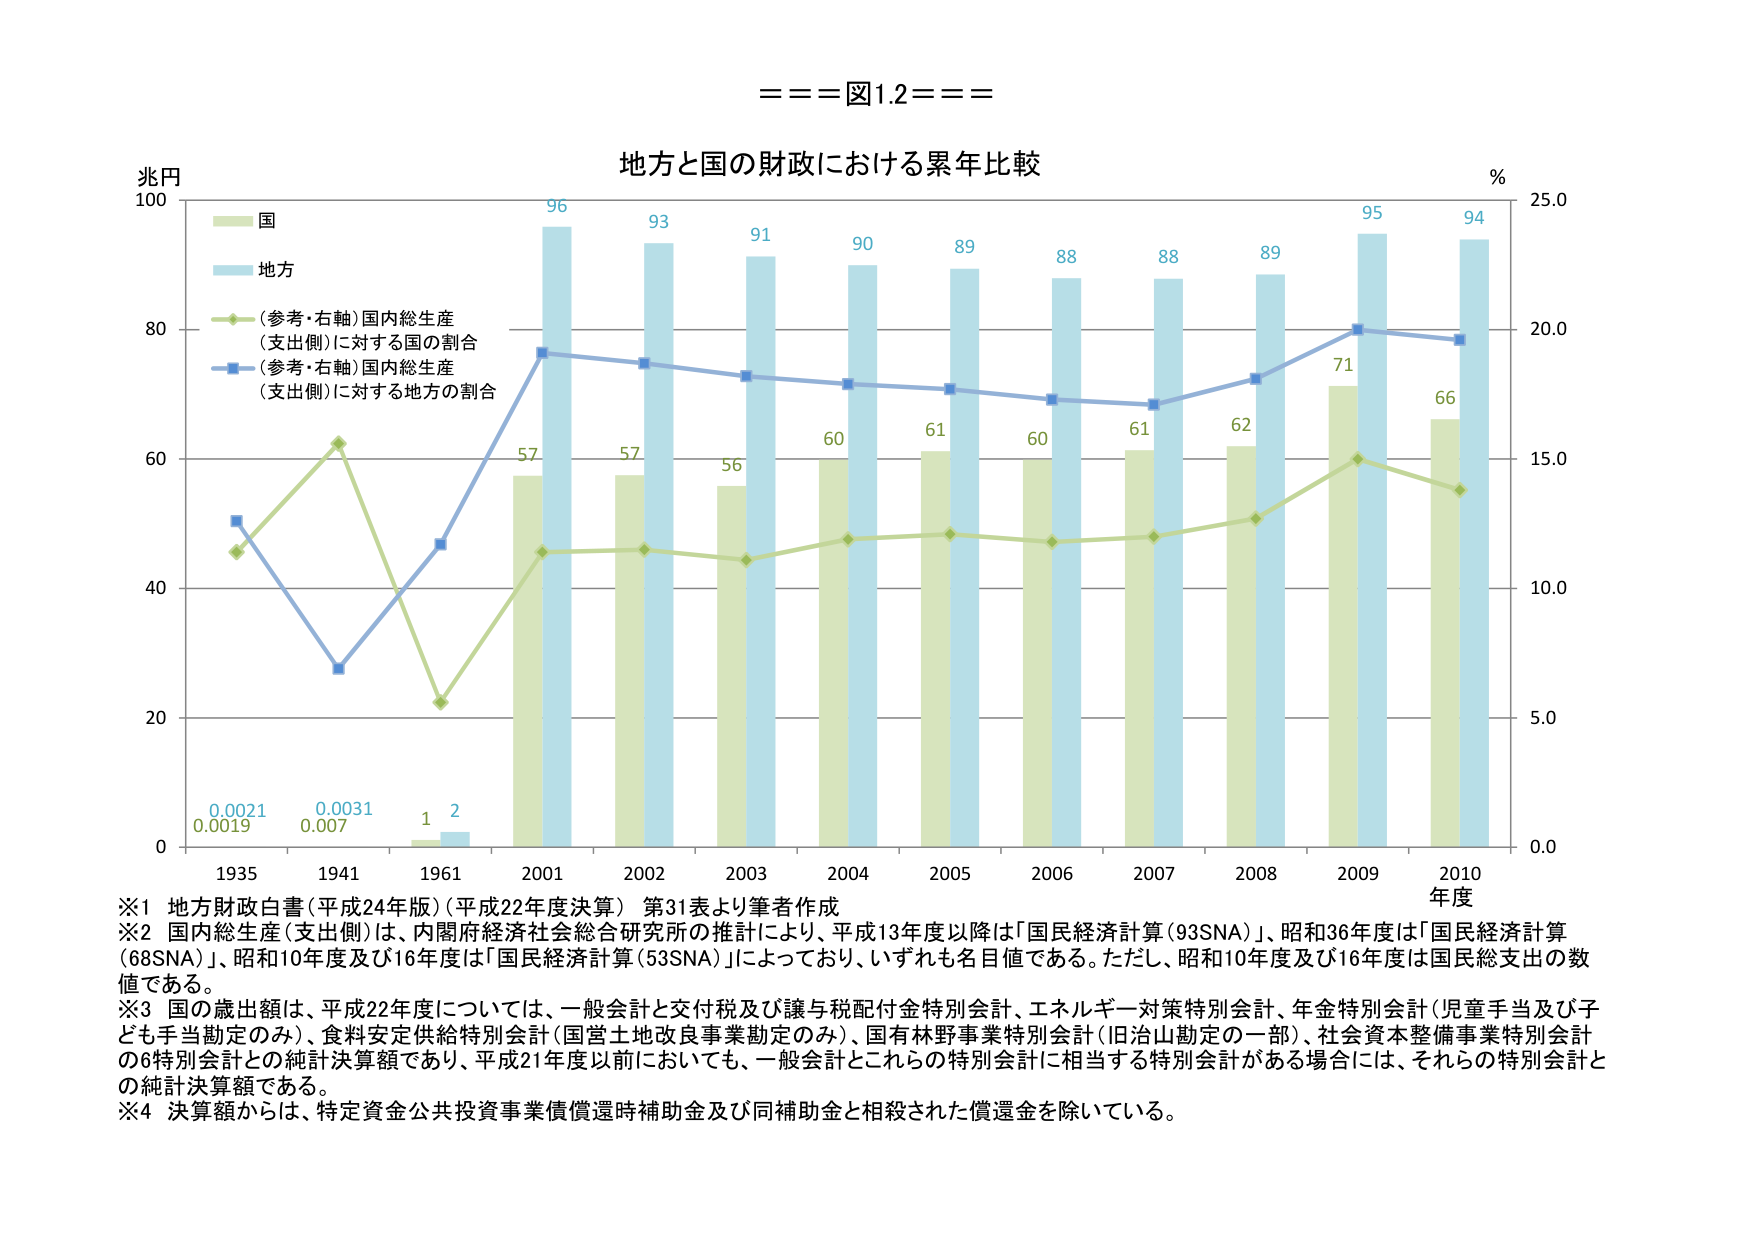
===図1.2===

地方と国の財政における累年比較

兆円
100
国
地方
(参考・右軸)国内総生産
(支出側)に対する国の割合
(参考・右軸)国内総生産
(支出側)に対する地方の割合
80
96
93
91
90
89
88
88
89
95
94
71
66
60
61
60
61
62
57
57
56
%
25.0
20.0
15.0
10.0
5.0
0.0
60
40
20
0
0.0021
0.0019
0.0031
0.007
1
2
1935
1941
1961
2001
2002
2003
2004
2005
2006
2007
2008
2009
2010
年度

※1 地方財政白書（平成24年版）（平成22年度決算）第31表より筆者作成
※2 国内総生産（支出側）は、内閣府経済社会総合研究所の推計により、平成13年度以降は「国民経済計算（93SNA）」、昭和36年度は「国民経済計算（68SNA）」、昭和10年度及び16年度は「国民経済計算（53SNA）」によっており、いずれも名目値である。ただし、昭和10年度及び16年度は国民総支出の数値である。
※3 国の歳出額は、平成22年度については、一般会計と交付税及び譲与税配付金特別会計、エネルギー対策特別会計、年金特別会計（児童手当及び子ども手当勘定のみ）、食料安定供給特別会計（国営土地改良事業勘定のみ）、国有林野事業特別会計（旧治山勘定の一部）、社会資本整備事業特別会計の6特別会計との純計決算額であり、平成21年度以前においても、一般会計とこれらの特別会計に相当する特別会計がある場合には、それらの特別会計との純計決算額である。
※4 決算額からは、特定資金公共投資事業債償還時補助金及び同補助金と相殺された償還金を除いている。